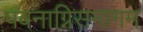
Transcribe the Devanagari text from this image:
पवनाग्निसमागम